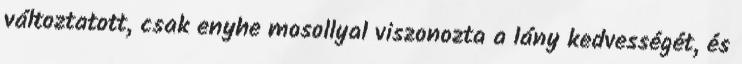
változtatott, csak enyhe mosollyal viszonozta a lány kedvességét, és